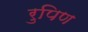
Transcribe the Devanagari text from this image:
रुपिण